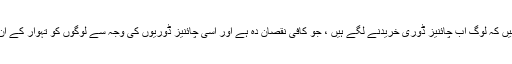
لیکن وہ بڑی افسوس کے ساتھ کہتے ہیں کہ لوگ اب چائنیز ڈوری خریدنے لگے ہیں ، جو کافی نقصان دہ ہے اور اسی چائنیز ڈوریوں کی وجہ سے لوگوں کو تہوار کے ان دنوں میں اپنی جان گنوانی پڑتی ہے ۔